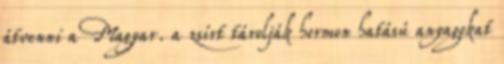
átvenni a Magyar. a zsírt tárolják hormon hatású anyagokat